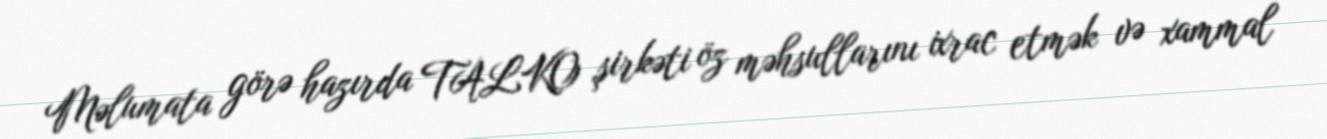
Məlumata görə hazırda TALKO şirkəti öz məhsullarını ixrac etmək və xammal